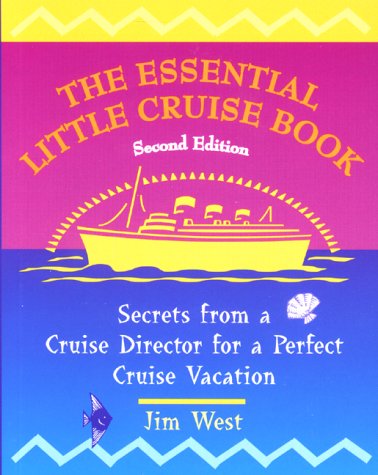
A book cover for The Essential Little Cruise Book, 2nd: Secrets from a Cruise Director for a Perfect Cruise Vacation; Jim West; Travel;